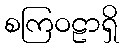
စကြဝဠာရှိ